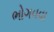
ભોગવવા